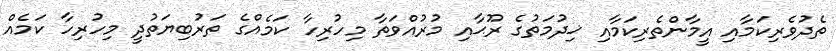
ތެދުވެރިކަމާއި އީމާންތެރިކަމާއި ޚިދުމަތުގެ ރޫޙާއި މުރުއްވަތާ މިހުރިހާ ކަމެއްގެ ތަރުބިޔަތުދީ މިހުރިހާ ކަމެއް